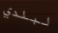
لبلدي